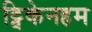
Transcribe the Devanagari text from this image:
ट्विकेनहम